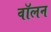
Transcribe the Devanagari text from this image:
वॉलन